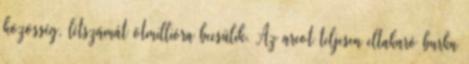
közösség, létszámát ötmillióra becsülik. Az arcot teljesen eltakaró burka